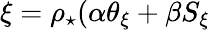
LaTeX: \xi=\rho_{\star}(\alpha\theta_{\xi}+\beta S_{\xi}